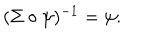
LaTeX: ( \Sigma \circ \psi ) ^ { - 1 } = \psi .